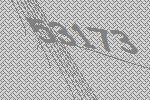
53173